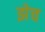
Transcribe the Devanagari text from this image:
झेच